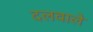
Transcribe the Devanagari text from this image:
दलवाले